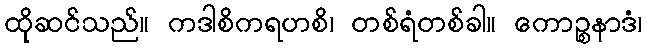
ထိုဆင်သည်။ ကဒါစိကရဟစိ၊ တစ်ရံတစ်ခါ။ ကောဉ္စနာဒံ၊